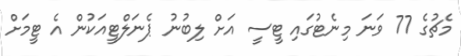
މެޗުގެ 77 ވަނަ މިނެޓުގައި ޓީސީ އަށް ލިބުނު ޕެނަލްޓީއަކުން އެ ޓީމަށް